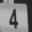
Digit: 4